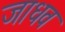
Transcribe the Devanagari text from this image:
जाधव